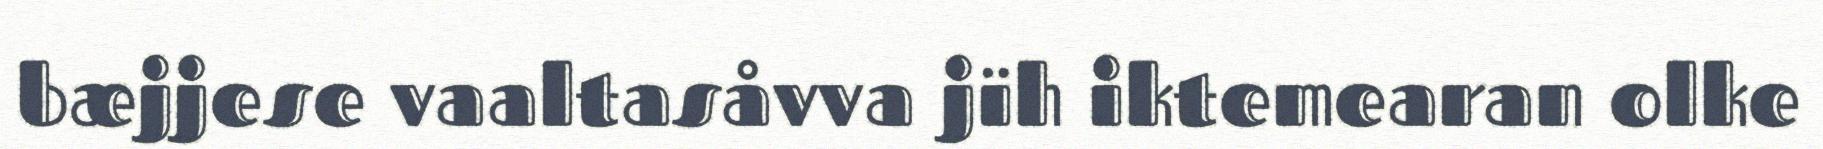
bæjjese vaaltasåvva jïh iktemearan olke